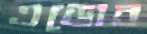
এডোব